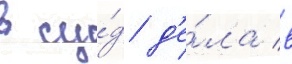
в су́д д'е́ла в